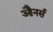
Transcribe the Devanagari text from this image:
औनर्स